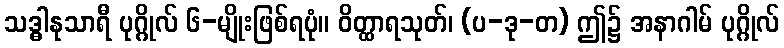
သဒ္ဓါနုသာရီ ပုဂ္ဂိုလ် ၆-မျိုးဖြစ်ရပုံ။ ဝိတ္ထာရသုတ်၊ (ပ-ဒု-တ) ဤ၌ အနာဂါမ် ပုဂ္ဂိုလ်